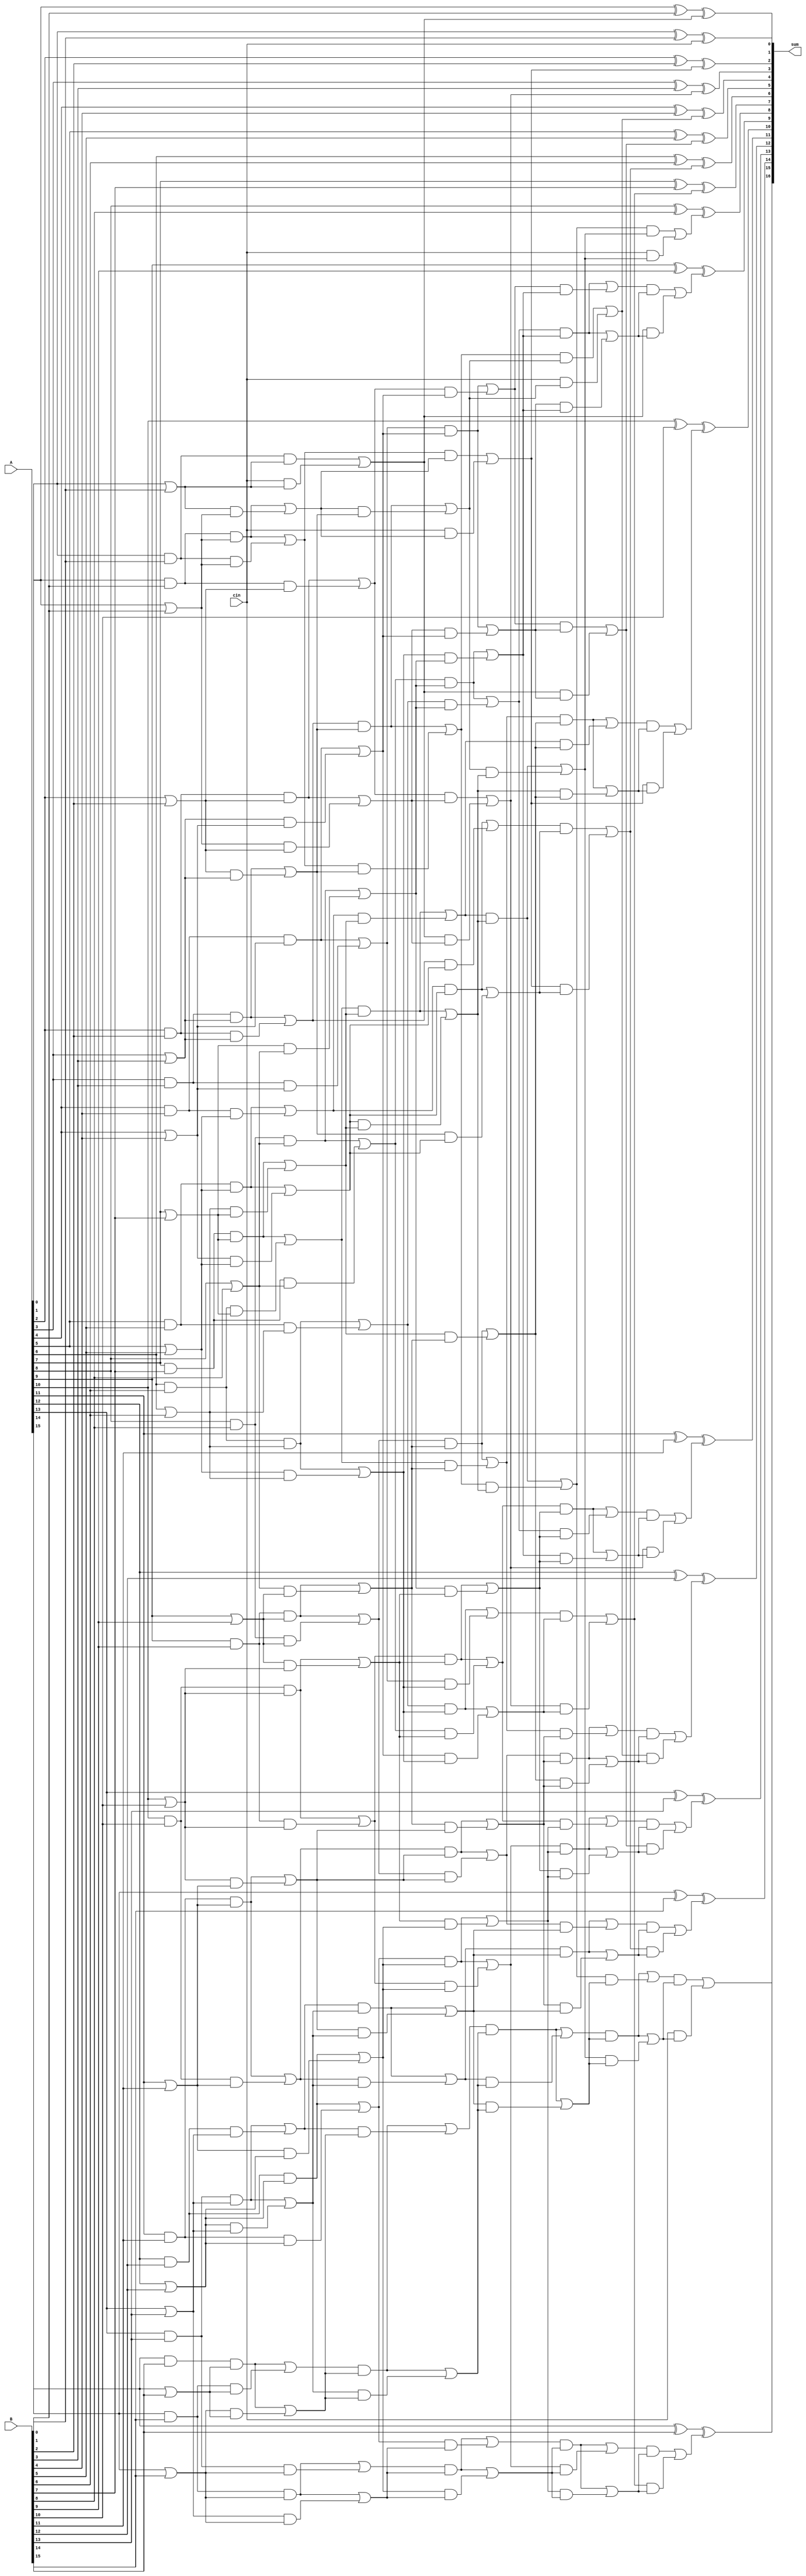
module double(
    input [15:0]A,
    input [15:0]B,
    input cin,
    output [16:0]sum
    );
    wire [16:0]a0,b0;
    wire [16:0]a1,b1;
    wire [16:0]a2,b2;
    wire [16:0]a3,b3;
    wire [16:0]a4,b4;
    wire [16:0]a5,b5;

    //level 0
    assign a0[0]= cin;
    assign b0[0]= cin;
    assign a0[1]= A[0]&B[0];
    assign b0[1]= A[0]|B[0];
    assign a0[2]= A[1]&B[1];
    assign b0[2]= A[1]|B[1];
    assign a0[3]= A[2]&B[2];
    assign b0[3]= A[2]|B[2];
    assign a0[4]= A[3]&B[3];
    assign b0[4]= A[3]|B[3];
    assign a0[5]= A[4]&B[4];
    assign b0[5]= A[4]|B[4];
    assign a0[6]= A[5]&B[5];
    assign b0[6]= A[5]|B[5];
    assign a0[7]= A[6]&B[6];
    assign b0[7]= A[6]|B[6];
    assign a0[8]= A[7]&B[7];
    assign b0[8]= A[7]|B[7];
    assign a0[9]= A[8]&B[8];
    assign b0[9]= A[8]|B[8];
    assign a0[10]= A[9]&B[9];
    assign b0[10]= A[9]|B[9];
    assign a0[11]= A[10]&B[10];
    assign b0[11]= A[10]|B[10];
    assign a0[12]= A[11]&B[11];
    assign b0[12]= A[11]|B[11];
    assign a0[13]= A[12]&B[12];
    assign b0[13]= A[12]|B[12];
    assign a0[14]= A[13]&B[13];
    assign b0[14]= A[13]|B[13];
    assign a0[15]= A[14]&B[14];
    assign b0[15]= A[14]|B[14];
    assign a0[16]= A[15]&B[15];
    assign b0[16]= A[15]|B[15];

    //level 1
    //y1=wx+yx;
    //y0=wx+zx;
    assign a1[0]= a0[0];
    assign b1[0]= b0[0];
    assign a1[1]= (a0[1]&b0[1]) | (a0[0]&b0[1]);
    assign b1[1]= (a0[1]&b0[1]) | (b0[0]&b0[1]);
    assign a1[2]= (a0[2]&b0[2]) | (a0[1]&b0[2]);
    assign b1[2]= (a0[2]&b0[2]) | (b0[1]&b0[2]);
    assign a1[3]= (a0[3]&b0[3]) | (a0[2]&b0[3]);
    assign b1[3]= (a0[3]&b0[3]) | (b0[2]&b0[3]);
    assign a1[4]= (a0[4]&b0[4]) | (a0[3]&b0[4]);
    assign b1[4]= (a0[4]&b0[4]) | (b0[3]&b0[4]);
    assign a1[5]= (a0[5]&b0[5]) | (a0[4]&b0[5]);
    assign b1[5]= (a0[5]&b0[5]) | (b0[4]&b0[5]);
    assign a1[6]= (a0[6]&b0[6]) | (a0[5]&b0[6]);
    assign b1[6]= (a0[6]&b0[6]) | (b0[5]&b0[6]);
    assign a1[7]= (a0[7]&b0[7]) | (a0[6]&b0[7]);
    assign b1[7]= (a0[7]&b0[7]) | (b0[6]&b0[7]);
    assign a1[8]= (a0[8]&b0[8]) | (a0[7]&b0[8]);
    assign b1[8]= (a0[8]&b0[8]) | (b0[7]&b0[8]);
    assign a1[9]= (a0[9]&b0[9]) | (a0[8]&b0[9]);
    assign b1[9]= (a0[9]&b0[9]) | (b0[8]&b0[9]);
    assign a1[10]= (a0[10]&b0[10]) | (a0[9]&b0[10]);
    assign b1[10]= (a0[10]&b0[10]) | (b0[9]&b0[10]);
    assign a1[11]= (a0[11]&b0[11]) | (a0[10]&b0[11]);
    assign b1[11]= (a0[11]&b0[11]) | (b0[10]&b0[11]);
    assign a1[12]= (a0[12]&b0[12]) | (a0[11]&b0[12]);
    assign b1[12]= (a0[12]&b0[12]) | (b0[11]&b0[12]);
    assign a1[13]= (a0[13]&b0[13]) | (a0[12]&b0[13]);
    assign b1[13]= (a0[13]&b0[13]) | (b0[12]&b0[13]);
    assign a1[14]= (a0[14]&b0[14]) | (a0[13]&b0[14]);
    assign b1[14]= (a0[14]&b0[14]) | (b0[13]&b0[14]);
    assign a1[15]= (a0[15]&b0[15]) | (a0[14]&b0[15]);
    assign b1[15]= (a0[15]&b0[15]) | (b0[14]&b0[15]);
    assign a1[16]= (a0[16]&b0[16]) | (a0[15]&b0[16]);
    assign b1[16]= (a0[16]&b0[16]) | (b0[15]&b0[16]);
    
    //2-2
    assign a2[0]= a1[0];
    assign b2[0]= b1[0];
    assign a2[1]= a1[1];
    assign b2[1]= b1[1];
    assign a2[2]= (a1[2]&b1[2]) | (a1[0]&b1[2]);
    assign b2[2]= (a1[2]&b1[2]) | (b1[0]&b1[2]);
    assign a2[3]= (a1[3]&b1[3]) | (a1[1]&b1[3]);
    assign b2[3]= (a1[3]&b1[3]) | (b1[1]&b1[3]);
    assign a2[4]= (a1[4]&b1[4]) | (a1[2]&b1[4]);
    assign b2[4]= (a1[4]&b1[4]) | (b1[2]&b1[4]);
    assign a2[5]= (a1[5]&b1[5]) | (a1[3]&b1[5]);
    assign b2[5]= (a1[5]&b1[5]) | (b1[3]&b1[5]);
    assign a2[6]= (a1[6]&b1[6]) | (a1[4]&b1[6]);
    assign b2[6]= (a1[6]&b1[6]) | (b1[4]&b1[6]);
    assign a2[7]= (a1[7]&b1[7]) | (a1[5]&b1[7]);
    assign b2[7]= (a1[7]&b1[7]) | (b1[5]&b1[7]);
    assign a2[8]= (a1[8]&b1[8]) | (a1[6]&b1[8]);
    assign b2[8]= (a1[8]&b1[8]) | (b1[6]&b1[8]);
    assign a2[9]= (a1[9]&b1[9]) | (a1[7]&b1[9]);
    assign b2[9]= (a1[9]&b1[9]) | (b1[7]&b1[9]);
    assign a2[10]= (a1[10]&b1[10]) | (a1[8]&b1[10]);
    assign b2[10]= (a1[10]&b1[10]) | (b1[8]&b1[10]);
    assign a2[11]= (a1[11]&b1[11]) | (a1[9]&b1[11]);
    assign b2[11]= (a1[11]&b1[11]) | (b1[9]&b1[11]);
    assign a2[12]= (a1[12]&b1[12]) | (a1[10]&b1[12]);
    assign b2[12]= (a1[12]&b1[12]) | (b1[10]&b1[12]);
    assign a2[13]= (a1[13]&b1[13]) | (a1[11]&b1[13]);
    assign b2[13]= (a1[13]&b1[13]) | (b1[11]&b1[13]);
    assign a2[14]= (a1[14]&b1[14]) | (a1[12]&b1[14]);
    assign b2[14]= (a1[14]&b1[14]) | (b1[12]&b1[14]);
    assign a2[15]= (a1[15]&b1[15]) | (a1[13]&b1[15]);
    assign b2[15]= (a1[15]&b1[15]) | (b1[13]&b1[15]);
    assign a2[16]= (a1[16]&b1[16]) | (a1[14]&b1[16]);
    assign b2[16]= (a1[16]&b1[16]) | (b1[14]&b1[16]);
    //4-4
    assign a3[0]= a2[0];
    assign b3[0]= b2[0];
    assign a3[1]= a2[1];
    assign b3[1]= b2[1];
    assign a3[2]= a2[2];
    assign b3[2]= b2[2];
    assign a3[3]= a2[3];
    assign b3[3]= b2[3];
    assign a3[4]= (a2[4]&b2[4]) | (a2[0]&b2[4]);
    assign b3[4]= (a2[4]&b2[4]) | (b2[0]&b2[4]);
    assign a3[5]= (a2[5]&b2[5]) | (a2[1]&b2[5]);
    assign b3[5]= (a2[5]&b2[5]) | (b2[1]&b2[5]);
    assign a3[6]= (a2[6]&b2[6]) | (a2[2]&b2[6]);
    assign b3[6]= (a2[6]&b2[6]) | (b2[2]&b2[6]);
    assign a3[7]= (a2[7]&b2[7]) | (a2[3]&b2[7]);
    assign b3[7]= (a2[7]&b2[7]) | (b2[3]&b2[7]);
    assign a3[8]= (a2[8]&b2[8]) | (a2[4]&b2[8]);
    assign b3[8]= (a2[8]&b2[8]) | (b2[4]&b2[8]);
    assign a3[9]= (a2[9]&b2[9]) | (a2[5]&b2[9]);
    assign b3[9]= (a2[9]&b2[9]) | (b2[5]&b2[9]);
    assign a3[10]= (a2[10]&b2[10]) | (a2[8]&b2[10]);
    assign b3[10]= (a2[10]&b2[10]) | (b2[8]&b2[10]);
    assign a3[11]= (a2[11]&b2[11]) | (a2[9]&b2[11]);
    assign b3[11]= (a2[11]&b2[11]) | (b2[9]&b2[11]);
    assign a3[12]= (a2[12]&b2[12]) | (a2[10]&b2[12]);
    assign b3[12]= (a2[12]&b2[12]) | (b2[10]&b2[12]);
    assign a3[13]= (a2[13]&b2[13]) | (a2[11]&b2[13]);
    assign b3[13]= (a2[13]&b2[13]) | (b2[11]&b2[13]);
    assign a3[14]= (a2[14]&b2[14]) | (a2[12]&b2[14]);
    assign b3[14]= (a2[14]&b2[14]) | (b2[12]&b2[14]);
    assign a3[15]= (a2[15]&b2[15]) | (a2[13]&b2[15]);
    assign b3[15]= (a2[15]&b2[15]) | (b2[13]&b2[15]);
    assign a3[16]= (a2[16]&b2[16]) | (a2[14]&b2[16]);
    assign b3[16]= (a2[16]&b2[16]) | (b2[14]&b2[16]);
    //8-8
    assign a4[0]= a3[0];
    assign b4[0]= b3[0];
    assign a4[1]= a3[1];
    assign b4[1]= b3[1];
    assign a4[2]= a3[2];
    assign b4[2]= b3[2];
    assign a4[3]= a3[3];
    assign b4[3]= b3[3];
    assign a4[4]= a3[4];
    assign b4[4]= b3[4];
    assign a4[5]= a3[5];
    assign b4[5]= b3[5];
    assign a4[6]= a3[6];
    assign b4[6]= b3[6];
    assign a4[7]= a3[7];
    assign b4[7]= b3[7];
    assign a4[8]= (a3[8]&b3[8]) | (a3[0]&b3[8]);
    assign b4[8]= (a3[8]&b3[8]) | (b3[0]&b3[8]);
    assign a4[9]= (a3[9]&b3[9]) | (a3[1]&b3[9]);
    assign b4[9]= (a3[9]&b3[9]) | (b3[1]&b3[9]);
    assign a4[10]= (a3[10]&b3[10]) | (a3[2]&b3[10]);
    assign b4[10]= (a3[10]&b3[10]) | (b3[2]&b3[10]);
    assign a4[11]= (a3[11]&b3[11]) | (a3[3]&b3[11]);
    assign b4[11]= (a3[11]&b3[11]) | (b3[3]&b3[11]);
    assign a4[12]= (a3[12]&b3[12]) | (a3[4]&b3[12]);
    assign b4[12]= (a3[12]&b3[12]) | (b3[4]&b3[12]);
    assign a4[13]= (a3[13]&b3[13]) | (a3[5]&b3[13]);
    assign b4[13]= (a3[13]&b3[13]) | (b3[5]&b3[13]);
    assign a4[14]= (a3[14]&b3[14]) | (a3[6]&b3[14]);
    assign b4[14]= (a3[14]&b3[14]) | (b3[6]&b3[14]);
    assign a4[15]= (a3[15]&b3[15]) | (a3[7]&b3[15]);
    assign b4[15]= (a3[15]&b3[15]) | (b3[7]&b3[15]);
    assign a4[16]= (a3[16]&b3[16]) | (a3[8]&b3[16]);
    assign b4[16]= (a3[16]&b3[16]) | (b3[8]&b3[16]);
    //16-16
    assign a5[0]= a4[0];
    assign b5[0]= b4[0];
    assign a5[1]= a4[1];
    assign b5[1]= b4[1];
    assign a5[2]= a4[2];
    assign b5[2]= b4[2];
    assign a5[3]= a4[3];
    assign b5[3]= b4[3];
    assign a5[4]= a4[4];
    assign b5[4]= b4[4];
    assign a5[5]= a4[5];
    assign b5[5]= b4[5];
    assign a5[6]= a4[6];
    assign b5[6]= b4[6];
    assign a5[7]= a4[7];
    assign b5[7]= b4[7];
    assign a5[8]= a4[8];
    assign b5[8]= b4[8];
    assign a5[9]= a4[9];
    assign b5[9]= b4[9];
    assign a5[10]= a4[10];
    assign b5[10]= b4[10];
    assign a5[11]= a4[11];
    assign b5[11]= b4[11];
    assign a5[12]= a4[12];
    assign b5[12]= b4[12];
    assign a5[13]= a4[13];
    assign b5[13]= b4[13];
    assign a5[14]= a4[14];
    assign b5[14]= b4[14];
    assign a5[15]= a4[15];
    assign b5[15]= b4[15];
    assign a5[16]= (a4[16]&b4[16]) | (a4[0]&b4[16]);
    assign b5[16]= (a4[16]&b4[16]) | (b4[0]&b4[16]);



    assign sum[0] = A[0]^B[0]^(a5[0]&b5[0]);
    assign sum[1] = A[1]^B[1]^(a5[1]&b5[1]);
    assign sum[2] = A[2]^B[2]^(a5[2]&b5[2]);
    assign sum[3] = A[3]^B[3]^(a5[3]&b5[3]);
    assign sum[4] = A[4]^B[4]^(a5[4]&b5[4]);
    assign sum[5] = A[5]^B[5]^(a5[5]&b5[5]);
    assign sum[6] = A[6]^B[6]^(a5[6]&b5[6]);
    assign sum[7] = A[7]^B[7]^(a5[7]&b5[7]);
    assign sum[8] = A[8]^B[8]^(a5[8]&b5[8]);
    assign sum[9] = A[9]^B[9]^(a5[9]&b5[9]);
    assign sum[10] = A[10]^B[10]^(a5[10]&b5[10]);
    assign sum[11] = A[11]^B[11]^(a5[11]&b5[11]);
    assign sum[12] = A[12]^B[12]^(a5[12]&b5[12]);
    assign sum[13] = A[13]^B[13]^(a5[13]&b5[13]);
    assign sum[14] = A[14]^B[14]^(a5[14]&b5[14]);
    assign sum[15] = A[15]^B[15]^(a5[15]&b5[15]);
    assign sum[16] = (a5[16]&b5[16]);
   
endmodule